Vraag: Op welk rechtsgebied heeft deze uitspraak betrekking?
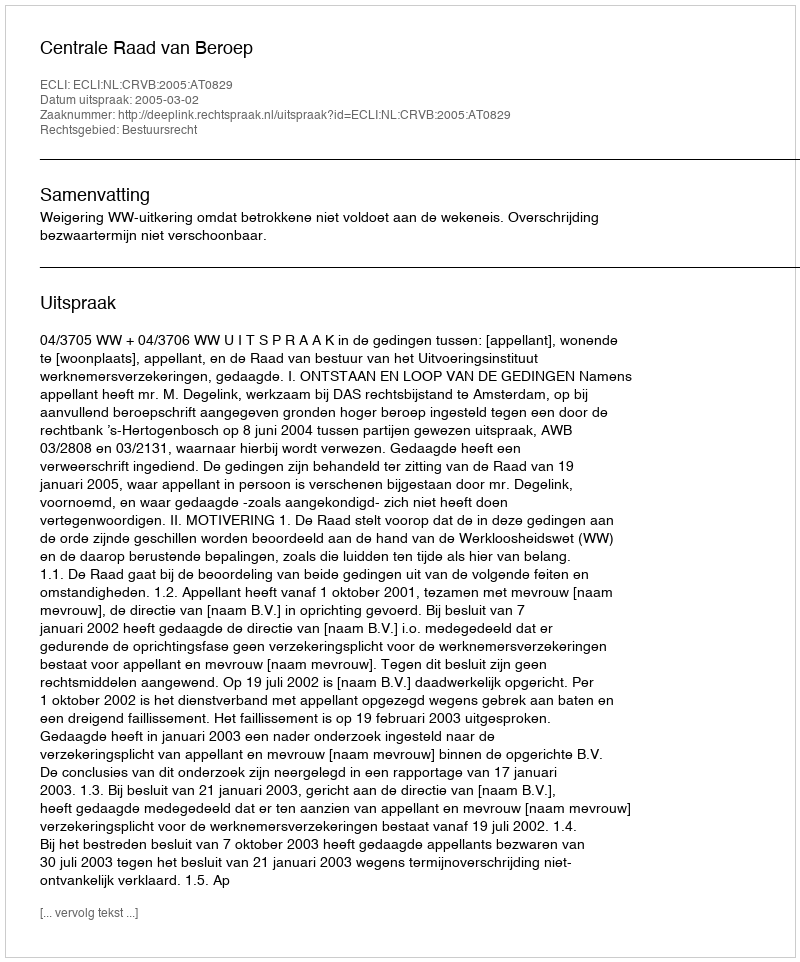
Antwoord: Bestuursrecht